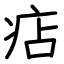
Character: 痁